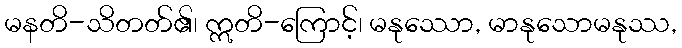
မနတိ-သိတတ်၏၊ ဣတိ-ကြောင့်၊ မနုဿော, မာနုသောမနုဿ,